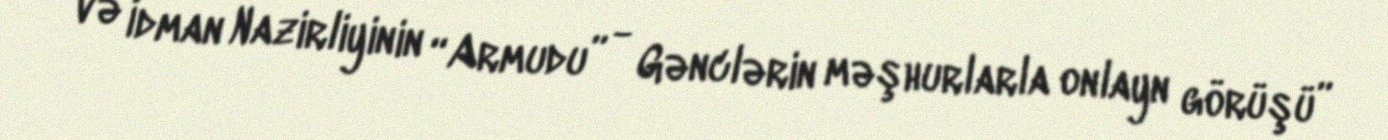
və İdman Nazirliyinin “Armudu” - Gənclərin məşhurlarla onlayn görüşü”